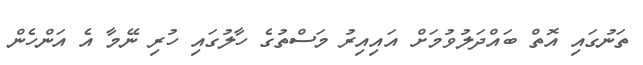
ތަނުގައި އޮތް ބައްދަލުވުމަށް އައިއިރު މަސްތުގެ ހާލުގައި ހުރި ނޭމާ އެ އަންހެން